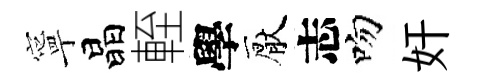
寧晶輊學厭志吻奸